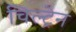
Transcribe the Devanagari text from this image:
चिल्ट्रेन